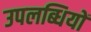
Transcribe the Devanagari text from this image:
उपलब्धियों